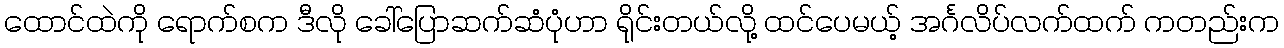
ထောင်ထဲကို ရောက်စက ဒီလို ခေါ်ပြောဆက်ဆံပုံဟာ ရိုင်းတယ်လို့ ထင်ပေမယ့် အင်္ဂလိပ်လက်ထက် ကတည်းက